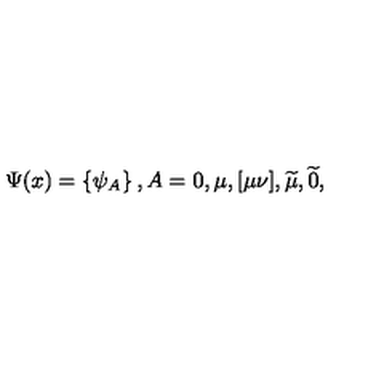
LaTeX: \Psi ( x ) = \left\{ \psi _ { A } \right\} , A = 0 , \mu , [ \mu \nu ] , \widetilde { \mu } , \widetilde { 0 } ,